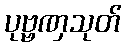
ပုဗ္ဗဏှသုတ်